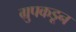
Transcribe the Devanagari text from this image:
ग्रुपकडून